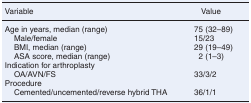
| Variable | Value |
 | --- | --- |
 | Age in years, median (range) | 75 (32–89) |
 | Male/female | 15/23 |
 | BMI, median (range) | 29 (19–49) |
 | ASA score, median (range) | 2 (1–3) |
 | Indication for arthroplasty |  |
 | OA/AVN/FS | 33/3/2 |
 | Procedure |  |
 | Cemented/uncemented/reverse hybrid THA | 36/1/1 |